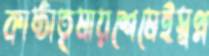
কাষ্ঠাতৃষায়শেষেইস্বপ্ন